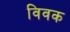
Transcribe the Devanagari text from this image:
विवक